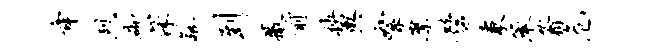
舜烈砌深觚到撒前秧舆絮縻髫秉承蓊危